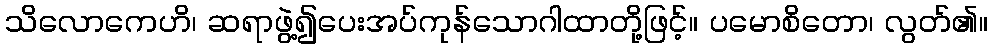
သိလောကေဟိ၊ ဆရာဖွဲ့၍ပေးအပ်ကုန်သောဂါထာတို့ဖြင့်။ ပမောစိတော၊ လွတ်၏။